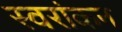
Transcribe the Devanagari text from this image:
स्वरांकन